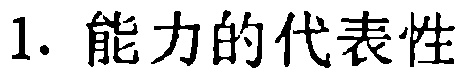
1. 能力的代表性